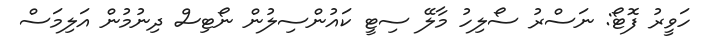
ހަވީރު ފޮޓޯ: ނަސްރު ސޯލިހު މާލޭ ސިޓީ ކައުންސިލުން ނޯޓިސް ދިނުމުން އަލިމަސް